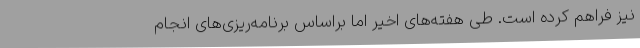
نیز فراهم کرده است. طی هفته‌های اخیر اما براساس برنامه‌ریزی‌های انجام